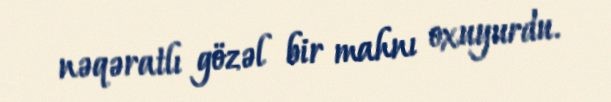
nəqəratlı gözəl bir mahnı oxuyurdu.